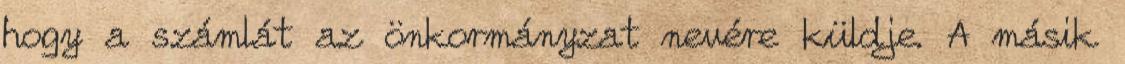
hogy a számlát az önkormányzat nevére küldje. A másik